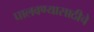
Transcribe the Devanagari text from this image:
घालवण्यासाठीचे